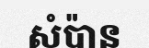
សំប៉ាន